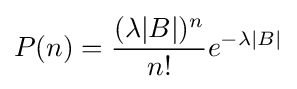
P(n)={\frac {(\lambda |B|)^{n}}{n!}}e^{-\lambda |B|}